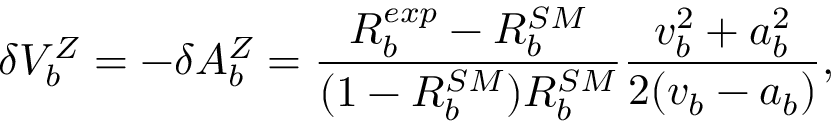
\delta V _ { b } ^ { Z } = - \delta A _ { b } ^ { Z } = \frac { R _ { b } ^ { e x p } - R _ { b } ^ { S M } } { ( 1 - R _ { b } ^ { S M } ) R _ { b } ^ { S M } } \frac { v _ { b } ^ { 2 } + a _ { b } ^ { 2 } } { 2 ( v _ { b } - a _ { b } ) } ,